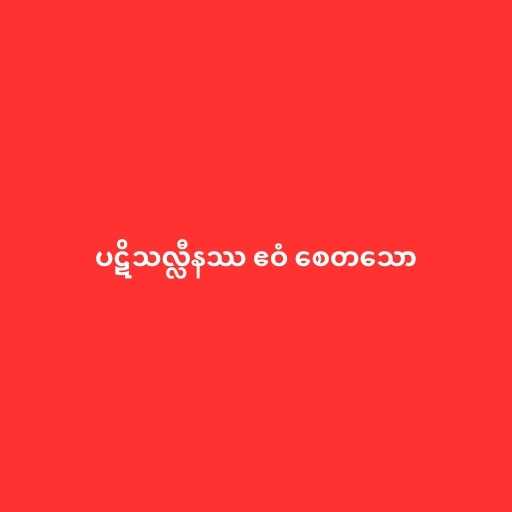
ပဋိသလ္လီနဿ ဧဝံ စေတသော